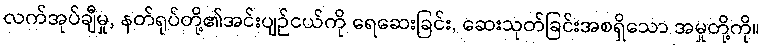
လက်အုပ်ချီမှု, နတ်ရုပ်တို့၏အင်းပျဉ်ငယ်ကို ရေဆေးခြင်း, ဆေးသုတ်ခြင်းအစရှိသော အမှုတို့ကို။